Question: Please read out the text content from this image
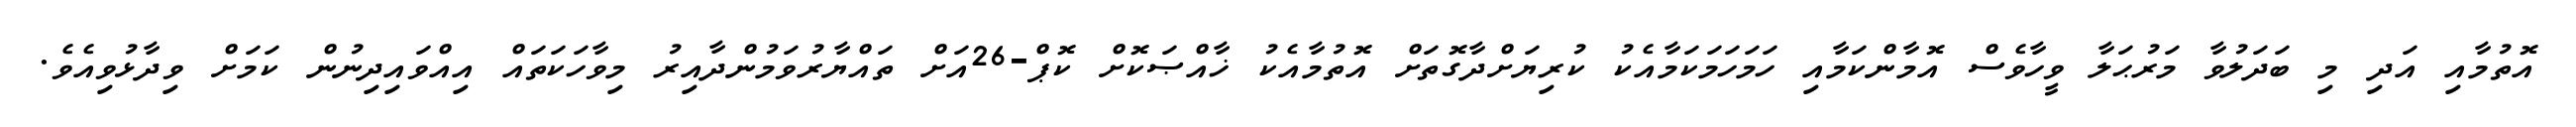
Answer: އޮތުމާއި އަދި މި ބަދަލުވާ މަރުޙަލާ ވީހާވެސް އޮމާންކަމާއި ހަމަހަމަކަމާއެކު ކުރިޔަށްދާގޮތަށް އޮތުމާއެކު ޚާއްޞަކޮށް ކޮޕް-26އަށް ތައްޔާރުވަމުންދާއިރު މިވާހަކަތައް އިއްވައިދިނުން ކަމަށް ވިދާޅުވިއެވެ.